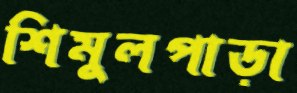
শিমুলপাড়া